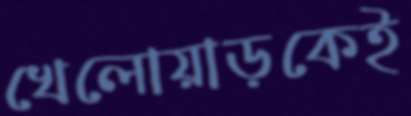
খেলোয়াড়কেই